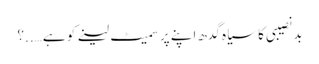
بد نصیبی کا سیاہ گدھ اپنے پر سمیٹ لینے کو ہے…..؟